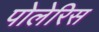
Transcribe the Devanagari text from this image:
पोलेरिस